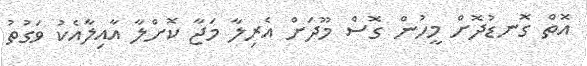
އޮތް ގޮނޑުދޮށް މީހުން ގޮސް މޫދަށް އެރިލާ މަޖާ ކޮށްލާ އާއިލާއެކު ވަގުތު